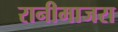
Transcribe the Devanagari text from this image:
रानीमाजरा